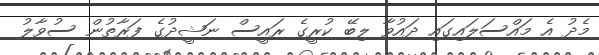
މެދު އެ މައްސަލައިގައި ދައުވާ ލިބޭ ކުރީގެ ރައީސް ނަޝީދުގެ ފަރާތުން ސުވާލު